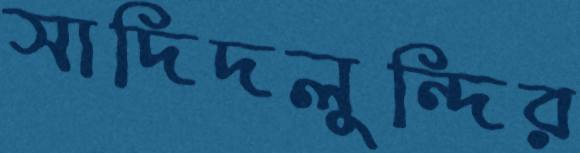
সাদিদলুন্দির